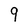
Character: 9